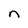
Character: n